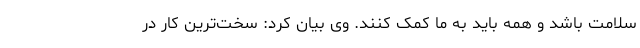
سلامت باشد و همه باید به ما کمک کنند. وی بیان کرد: سخت‌ترین کار در